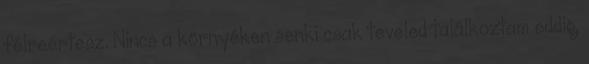
félreértesz. Nincs a környéken senki csak teveled találkoztam eddig,